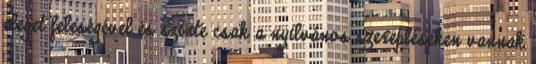
eleget feleségével és szinte csak a nyilvános szerepléseken vannak